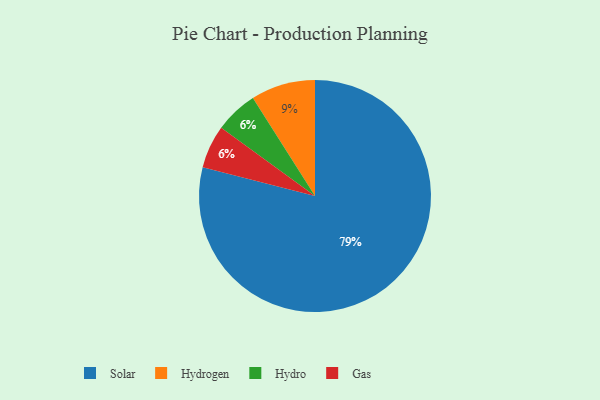
{"axis": {"x": "Category", "y": "Percentage"}, "legend": ["Gas", "Hydro", "Hydrogen", "Solar"], "data": [{"x": "Hydrogen", "y": 9, "type": "Hydrogen"}, {"x": "Hydro", "y": 6, "type": "Hydro"}, {"x": "Solar", "y": 79, "type": "Solar"}, {"x": "Gas", "y": 6, "type": "Gas"}]}